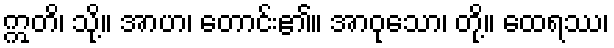
ဣတိ၊ သို့။ အာဟ၊ တောင်း၏။ အာဝုသော၊ တို့။ ထေရဿ၊